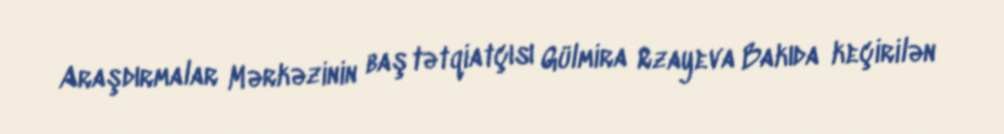
Araşdırmalar Mərkəzinin baş tətqiatçısı Gülmira Rzayeva Bakıda keçirilən